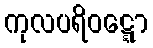
ကုလပရိဝဋ္ဋော